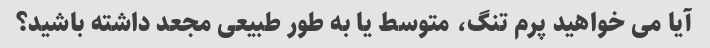
آیا می خواهید پرم تنگ، متوسط ​​یا به طور طبیعی مجعد داشته باشید؟